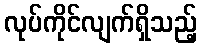
လုပ်ကိုင်လျက်ရှိသည့်